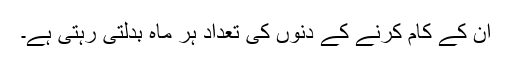
ان کے کام کرنے کے دنوں کی تعداد ہر ماہ بدلتی رہتی ہے۔